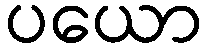
ပယော